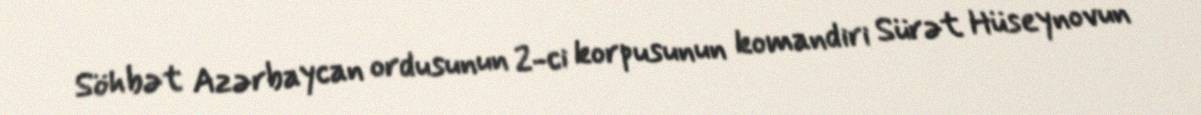
Söhbət Azərbaycan ordusunun 2-ci korpusunun komandiri Sürət Hüseynovun